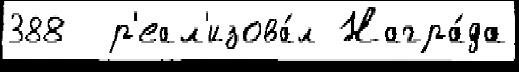
388  р'еал'изова́л Награ́да